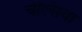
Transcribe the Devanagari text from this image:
चेल्‍िसया